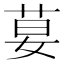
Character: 𦰇